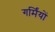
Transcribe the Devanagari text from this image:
गर्मिंयों